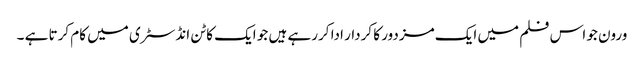
ورون جو اس فلم میں ایک مزدور کا کردار ادا کررہے ہیں جو ایک کاٹن انڈسٹری میں کام کرتا ہے ۔